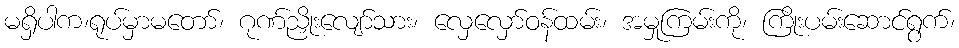
မရှိပါက၊ရုပ်မှာမတော်၊ ဂုဏ်ညှိုးလျော်သား၊ လှေလှော်ဝန်ထမ်း၊ အမှုကြမ်းကို၊ ကြိုးပမ်းဆောင်ရွက်၊